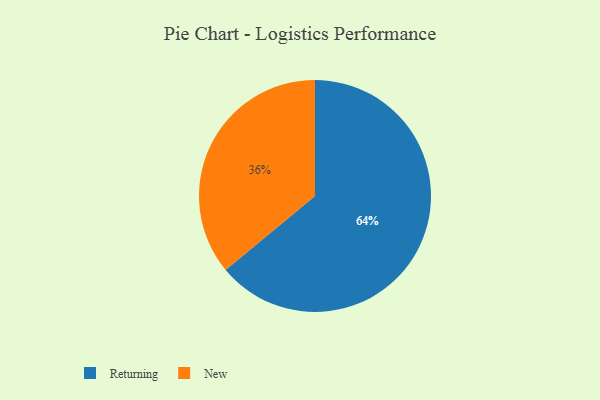
{"axis": {"x": "Category", "y": "Percentage"}, "legend": ["New", "Returning"], "data": [{"x": "Returning", "y": 64, "type": "Returning"}, {"x": "New", "y": 36, "type": "New"}]}